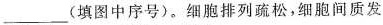
___(填图中序号)。细胞排列疏松，细胞间质发